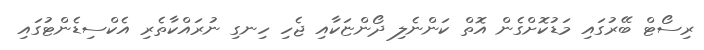
ރިސޯޓް ބޭރުގައި މަޑުކޮށްގެން އޮތް ކަންނެލި ދޯންޏަކާއި ޖެހި ހިނގި ނުރައްކާތެރި އެކްސިޑެންޓުގައި